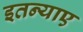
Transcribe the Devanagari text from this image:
इतन्याए